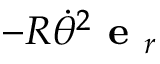
- R { \dot { \theta } } ^ { 2 } { \textbf { e } } _ { r }